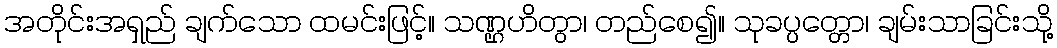
အတိုင်းအရှည် ချက်သော ထမင်းဖြင့်။ သဏ္ဌဟိတွာ၊ တည်စေ၍။ သုခပ္ပတ္တော၊ ချမ်းသာခြင်းသို့